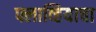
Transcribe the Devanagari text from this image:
फ्लाव्हियाचा